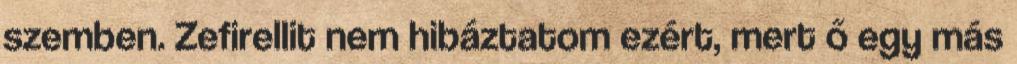
szemben. Zefirellit nem hibáztatom ezért, mert ő egy más